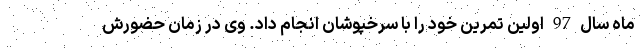
ماه سال 97 اولین تمرین خود را با سرخپوشان انجام داد. وی در زمان حضورش